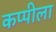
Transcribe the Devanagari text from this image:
कप्पीला